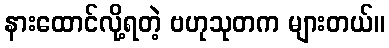
နားထောင်လို့ရတဲ့ ဗဟုသုတက များတယ်။